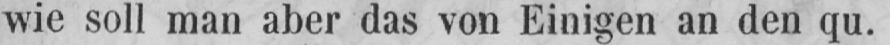
wie soll man aber das von Einigen an den qu.